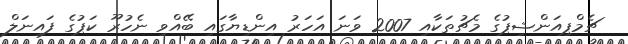
ޗެމްޕިއަންޝިޕުގެ މެޗުތަކާއި 2007 ވަނަ އަހަރު އިންޑިޔާގައި ބޭއްވި ނެހުރޫ ކަޕުގެ ފައިނަލް